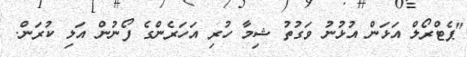
"ޕެޓްރޯލް އަޅަން އުޅުނު ވަގުތު ޝިމާ ހުރި އަހަރެންގެ ފޯނުން އަލި ކުރަން.